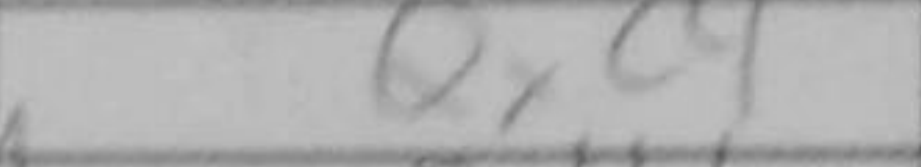
Transcription: Qxc4